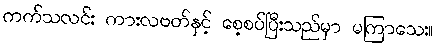
ကက်သလင်း ကားလဗတ်နှင့် စေ့စပ်ပြီးသည်မှာ မကြာသေး။